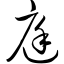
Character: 庭